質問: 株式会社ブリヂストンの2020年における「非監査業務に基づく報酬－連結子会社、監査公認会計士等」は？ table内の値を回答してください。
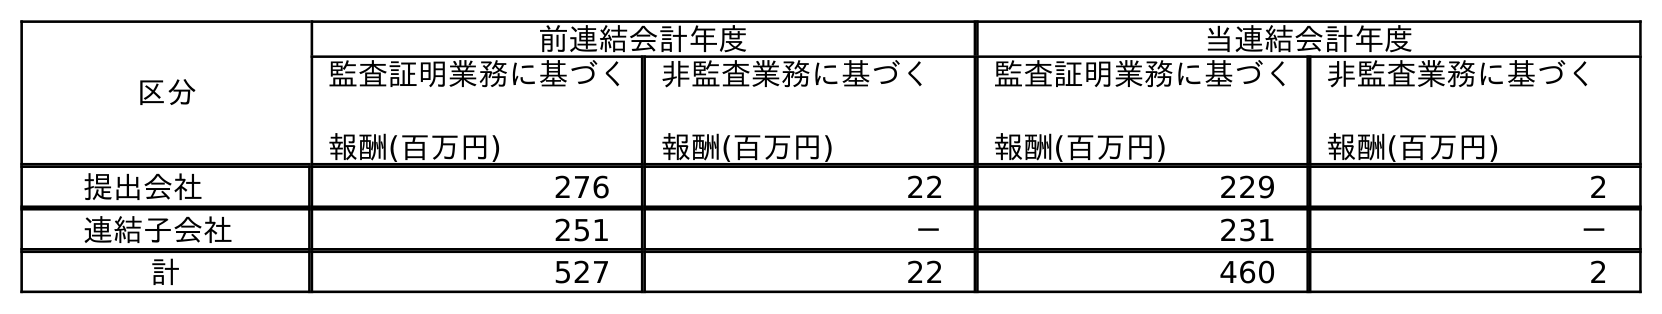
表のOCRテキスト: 区分 前連結会計年度 当連結会計年度 監査証明業務に基づく 報酬(百万円) 非監査業務に基づく 報酬(百万円) 監査証明業務に基づく 報酬(百万円) 非監査業務に基づく 報酬(百万円) 提出会社 276 22 229 2 連結子会社 251 － 231 － 計 527 22 460 2
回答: －